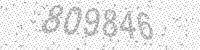
Solution: 809846